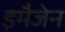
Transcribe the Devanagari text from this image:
इमैजेन